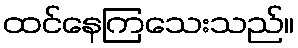
ထင်နေကြသေးသည်။